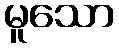
မူသော